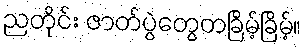
ညတိုင်း ဇာတ်ပွဲတွေတခြိမ့်ခြိမ့်။